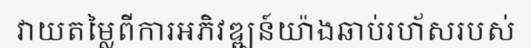
វាយតម្លៃពីការអភិវឌ្ឍន៍យ៉ាងឆាប់រហ័សរបស់